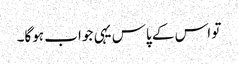
تو اس کے پاس یہی جواب ہوگا۔